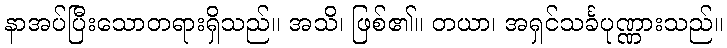
နာအပ်ပြီးသောတရားရှိသည်။ အသိ၊ ဖြစ်၏။ တယာ၊ အရှင်သင်္ခပုဏ္ဏားသည်။